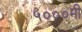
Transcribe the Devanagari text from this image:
५०००मी